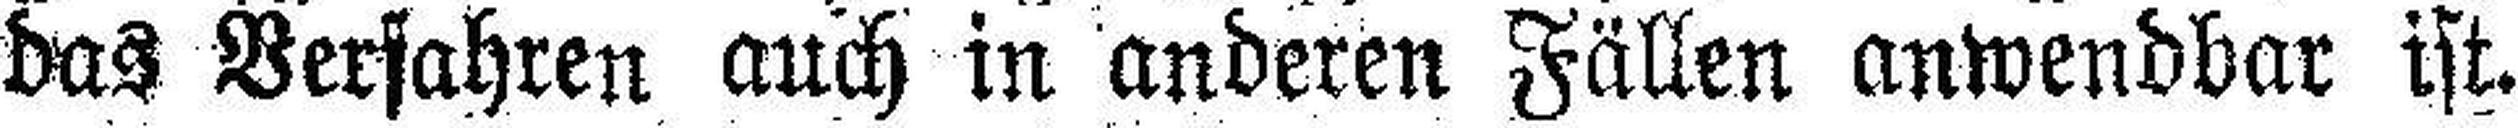
das Verfahren auch in anderen Fällen anwendbar ist.